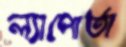
ল্যাপোর্তা